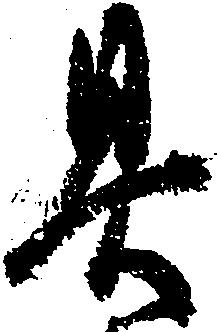
具